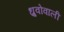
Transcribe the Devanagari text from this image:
ध्रुवोवाली